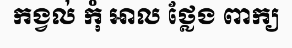
កង្វល់ កុំ អាល ថ្លែង ពាក្យ